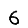
Digit: 6